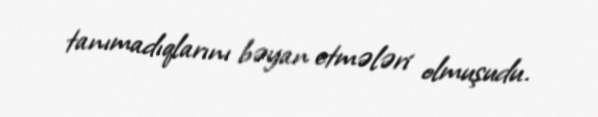
tanımadıqlarını bəyan etmələri olmuşudu.